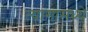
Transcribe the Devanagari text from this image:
त्यागामध्ये